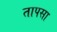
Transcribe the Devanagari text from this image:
तापसा